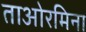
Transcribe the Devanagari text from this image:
ताओरमिना